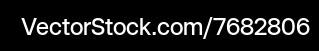
VectorStock.com/7682806